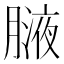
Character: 𦟸